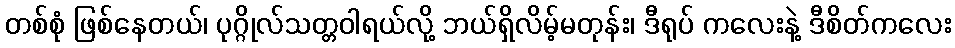
တစ်စုံ ဖြစ်နေတယ်၊ ပုဂ္ဂိုလ်သတ္တဝါရယ်လို့ ဘယ်ရှိလိမ့်မတုန်း၊ ဒီရုပ် ကလေးနဲ့ ဒီစိတ်ကလေး